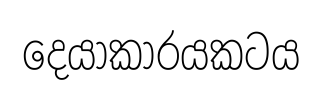
දෙයාකාරයකටය